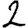
Digit: 2